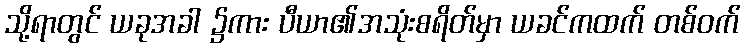
သို့ရာတွင် ယခုအခါ ၌ကား ပီယာ၏အသုံးစရိတ်မှာ ယခင်ကထက် တစ်ဝက်